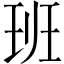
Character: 班